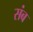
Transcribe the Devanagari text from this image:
संब